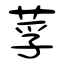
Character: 莩